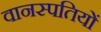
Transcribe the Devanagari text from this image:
वानस्पतियों